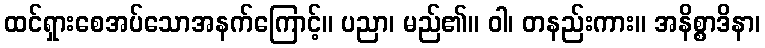
ထင်ရှားစေအပ်သောအနက်ကြောင့်။ ပညာ၊ မည်၏။ ဝါ၊ တနည်းကား။ အနိစ္စာဒိနာ၊